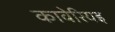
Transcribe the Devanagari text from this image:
कावेरियइ